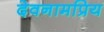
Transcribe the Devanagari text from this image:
देवनामप्रिय